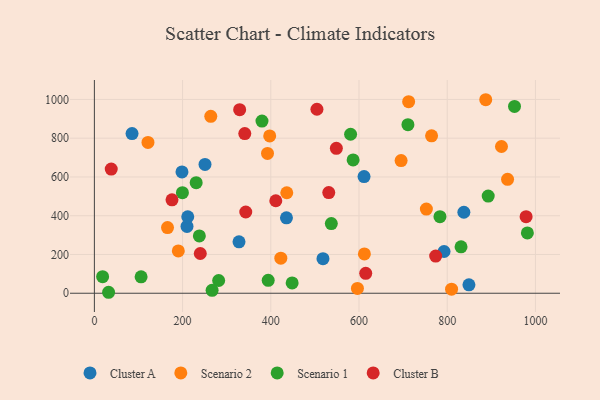
{"axis": {"x": "Speed", "y": "Rating"}, "legend": ["Cluster A", "Cluster B", "Scenario 1", "Scenario 2"], "data": [{"x": "611.4", "y": 602.2, "type": "Cluster A"}, {"x": "210.0", "y": 344.6, "type": "Cluster A"}, {"x": "435.5", "y": 388.9, "type": "Cluster A"}, {"x": "837.7", "y": 417.8, "type": "Cluster A"}, {"x": "198.6", "y": 626.0, "type": "Cluster A"}, {"x": "792.8", "y": 215.4, "type": "Cluster A"}, {"x": "85.4", "y": 823.9, "type": "Cluster A"}, {"x": "849.2", "y": 43.2, "type": "Cluster A"}, {"x": "518.3", "y": 178.3, "type": "Cluster A"}, {"x": "211.7", "y": 394.7, "type": "Cluster A"}, {"x": "327.9", "y": 265.1, "type": "Cluster A"}, {"x": "250.8", "y": 664.7, "type": "Cluster A"}, {"x": "397.5", "y": 811.9, "type": "Scenario 2"}, {"x": "936.8", "y": 587.8, "type": "Scenario 2"}, {"x": "121.5", "y": 778.0, "type": "Scenario 2"}, {"x": "263.9", "y": 912.9, "type": "Scenario 2"}, {"x": "190.3", "y": 218.3, "type": "Scenario 2"}, {"x": "422.7", "y": 181.0, "type": "Scenario 2"}, {"x": "764.5", "y": 812.2, "type": "Scenario 2"}, {"x": "923.0", "y": 757.1, "type": "Scenario 2"}, {"x": "436.2", "y": 518.5, "type": "Scenario 2"}, {"x": "712.5", "y": 988.4, "type": "Scenario 2"}, {"x": "165.8", "y": 339.0, "type": "Scenario 2"}, {"x": "887.3", "y": 998.5, "type": "Scenario 2"}, {"x": "392.5", "y": 721.2, "type": "Scenario 2"}, {"x": "695.4", "y": 684.7, "type": "Scenario 2"}, {"x": "752.7", "y": 434.5, "type": "Scenario 2"}, {"x": "809.8", "y": 20.9, "type": "Scenario 2"}, {"x": "612.2", "y": 203.0, "type": "Scenario 2"}, {"x": "596.4", "y": 25.1, "type": "Scenario 2"}, {"x": "981.7", "y": 311.3, "type": "Scenario 1"}, {"x": "32.2", "y": 5.0, "type": "Scenario 1"}, {"x": "281.8", "y": 65.8, "type": "Scenario 1"}, {"x": "783.5", "y": 395.1, "type": "Scenario 1"}, {"x": "586.6", "y": 688.1, "type": "Scenario 1"}, {"x": "537.2", "y": 359.4, "type": "Scenario 1"}, {"x": "238.0", "y": 295.6, "type": "Scenario 1"}, {"x": "394.1", "y": 66.8, "type": "Scenario 1"}, {"x": "448.4", "y": 53.5, "type": "Scenario 1"}, {"x": "230.8", "y": 570.4, "type": "Scenario 1"}, {"x": "380.0", "y": 888.4, "type": "Scenario 1"}, {"x": "199.6", "y": 519.0, "type": "Scenario 1"}, {"x": "266.9", "y": 15.3, "type": "Scenario 1"}, {"x": "892.9", "y": 501.5, "type": "Scenario 1"}, {"x": "710.9", "y": 870.0, "type": "Scenario 1"}, {"x": "105.9", "y": 84.9, "type": "Scenario 1"}, {"x": "18.7", "y": 85.4, "type": "Scenario 1"}, {"x": "580.9", "y": 820.4, "type": "Scenario 1"}, {"x": "952.5", "y": 964.1, "type": "Scenario 1"}, {"x": "831.3", "y": 239.4, "type": "Scenario 1"}, {"x": "773.8", "y": 191.7, "type": "Cluster B"}, {"x": "978.8", "y": 395.3, "type": "Cluster B"}, {"x": "176.0", "y": 482.2, "type": "Cluster B"}, {"x": "615.2", "y": 102.9, "type": "Cluster B"}, {"x": "531.4", "y": 519.2, "type": "Cluster B"}, {"x": "504.6", "y": 949.3, "type": "Cluster B"}, {"x": "548.6", "y": 747.5, "type": "Cluster B"}, {"x": "329.4", "y": 947.1, "type": "Cluster B"}, {"x": "343.2", "y": 419.2, "type": "Cluster B"}, {"x": "240.1", "y": 205.0, "type": "Cluster B"}, {"x": "341.0", "y": 823.7, "type": "Cluster B"}, {"x": "411.3", "y": 477.3, "type": "Cluster B"}, {"x": "38.2", "y": 640.7, "type": "Cluster B"}]}